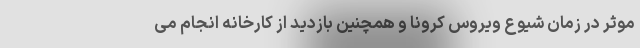
موثر در زمان شیوع ویروس کرونا و همچنین بازدید از کارخانه انجام می